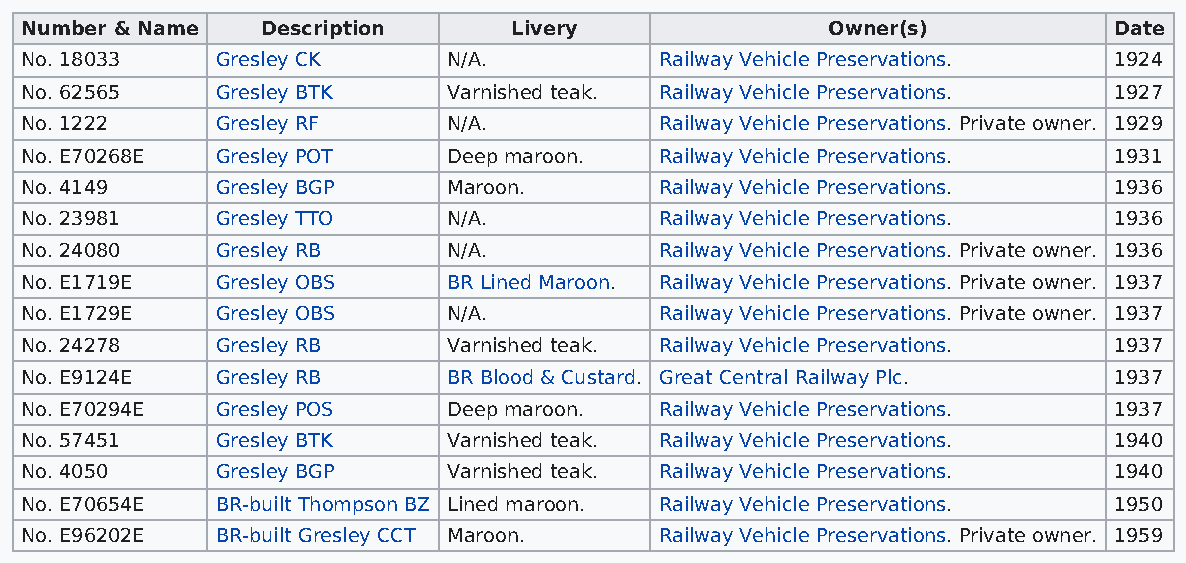
Number & Name   Description      Livery               Owner(s)           Date
 No. 18033    Gresley CK      N/A.          Railway Vehicle Preservations. 1924
 No. 62565    Gresley BTK     Varnished teak. Railway Vehicle Preservations. 1927
 No. 1222     Gresley RF      N/A.          Railway Vehicle Preservations. Private owner. 1929
 No. E70268E  Gresley POT     Deep maroon.  Railway Vehicle Preservations. 1931
 No. 4149     Gresley BGP     Maroon.       Railway Vehicle Preservations. 1936
 No. 23981    Gresley TTO     N/A.          Railway Vehicle Preservations. 1936
 No. 24080    Gresley RB      N/A.          Railway Vehicle Preservations. Private owner. 1936
 No. E1719E   Gresley OBS     BR Lined Maroon. Railway Vehicle Preservations. Private owner. 1937
 No. E1729E   Gresley OBS     N/A.          Railway Vehicle Preservations. Private owner. 1937
 No. 24278    Gresley RB      Varnished teak. Railway Vehicle Preservations. 1937
 No. E9124E   Gresley RB      BR Blood & Custard. Great Central Railway Plc. 1937
 No. E70294E  Gresley POS     Deep maroon.  Railway Vehicle Preservations. 1937
 No. 57451    Gresley BTK     Varnished teak. Railway Vehicle Preservations. 1940
 No. 4050     Gresley BGP     Varnished teak. Railway Vehicle Preservations. 1940
 No. E70654E  BR-built Thompson BZ Lined maroon. Railway Vehicle Preservations. 1950
 No. E96202E  BR-built Gresley CCT Maroon.  Railway Vehicle Preservations. Private owner. 1959